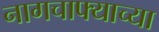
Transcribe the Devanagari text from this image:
नागचाफ्याच्या